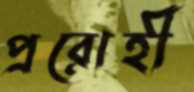
প্ররোহী